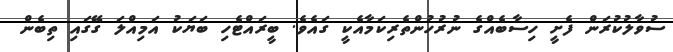
ސުވާލުކުރަން ފެށީ ހިސާބެއްގެ ނުރުހުންތެރިކަމާއެކީ ގައެވެ. ބީރައްޓެހި ބަޔަކު އަމިއްލަ ގޭގައި ތިބެން